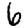
Digit: 6